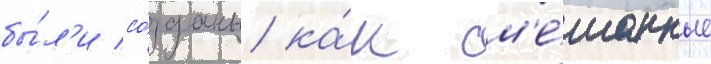
бы́л'и со́зданы ка́к см'е́шанные